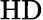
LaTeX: \mathrm{HD}